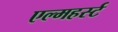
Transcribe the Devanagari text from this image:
एल्महर्स्ट